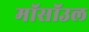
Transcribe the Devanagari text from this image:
मॉसॉउल